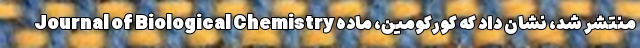
Journal of Biological Chemistry منتشر شد، نشان داد که کورکومین، ماده